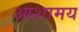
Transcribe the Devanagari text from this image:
आशामय